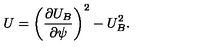
U = \left( \frac { \partial U _ { B } } { \partial \psi } \right) ^ { 2 } - U _ { B } ^ { 2 } .